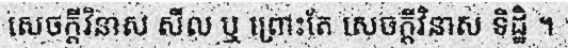
សេចក្តីវិនាស សីល ឬ ព្រោះតែ សេចក្តីវិនាស ទិដ្ឋិ ។